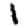
Digit: 1